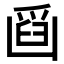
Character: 𠚘